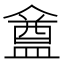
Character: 𥂝